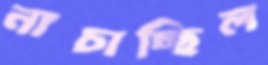
নাচাচ্ছিল